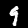
Digit: 9